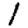
Digit: 1